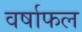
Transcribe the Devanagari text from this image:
वर्षाफल